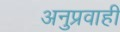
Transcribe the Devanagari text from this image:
अनुप्रवाही